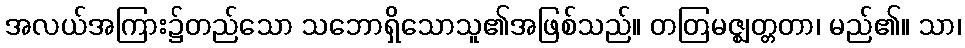
အလယ်အကြား၌တည်သော သဘောရှိသောသူ၏အဖြစ်သည်။ တတြမဇ္ဈတ္တတာ၊ မည်၏။ သာ၊